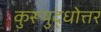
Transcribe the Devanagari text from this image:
कुरूयुद्धोत्तर